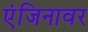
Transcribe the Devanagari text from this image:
एंजिनावर